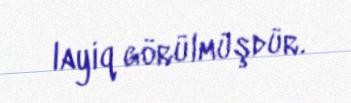
layiq görülmüşdür.